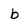
Character: b